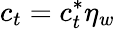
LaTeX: c_{t}=c_{t}^{\ast}\eta_{w}